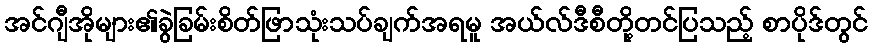
အင်ဂျီအိုများ၏ခွဲခြမ်းစိတ်ဖြာသုံးသပ်ချက်အရမူ အယ်လ်ဒီစီတို့တင်ပြသည့် စာပိုဒ်တွင်